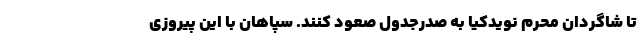
تا شاگردان محرم نویدکیا به صدرجدول صعود کنند. سپاهان با این پیروزی